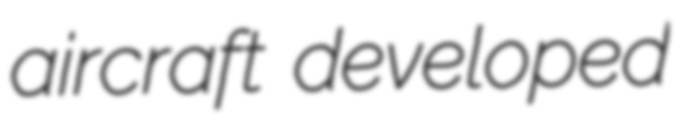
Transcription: aircraft developed